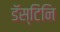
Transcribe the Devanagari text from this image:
डॅस्टिनि